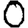
Digit: 0